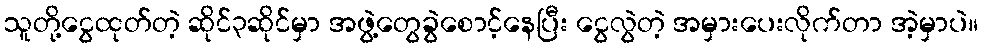
သူတို့ငွေထုတ်တဲ့ ဆိုင်၃ဆိုင်မှာ အဖွဲ့တွေခွဲစောင့်နေပြီး ငွေလွဲတဲ့ အမှားပေးလိုက်တာ အဲ့မှာပဲ။